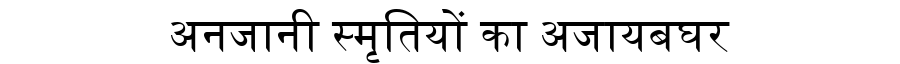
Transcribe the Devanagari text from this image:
अनजानी स्मृतियों का अजायबघर